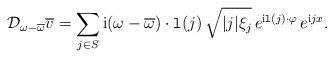
LaTeX: \begin{align*}\mathcal{D}_{\omega-\overline{\omega}} \overline{v} = \sum_{j\in S} \mathrm{i} ( \omega-\overline{\omega} ) \cdot \mathtt{l}(j)\, \sqrt{\lvert j \rvert \xi_j} \,e^{\mathrm{i} \mathtt{l}(j)\cdot \varphi}\,e^{\mathrm{i} j x}.\end{align*}